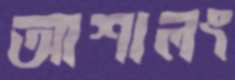
আশালং